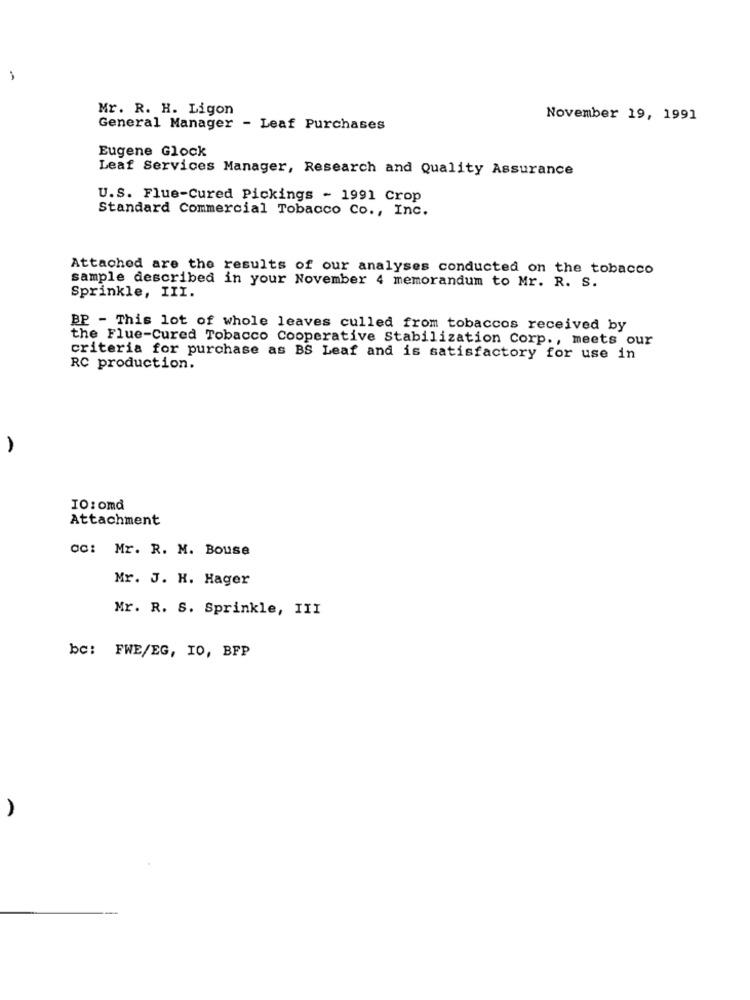
Mr. R. H. Ligon
November 19, 1991
General Manager - Leaf Purchases
Eugene Glock
Leaf Services Manager, Research and Quality Assurance
U.S. Flue-Cured Pickings - 1991 Crop
Standard Commercial Tobacco Co ., Inc.
Attached are the results of our analyses conducted on the tobacco
sample described in your November 4 memorandum to Mr. R. S.
Sprinkle, III.
BP - This lot of whole leaves culled from tobaccos received by
the Flue-Cured Tobacco Cooperative Stabilization Corp ., meets our
criteria for purchase as BS Leaf and is satisfactory for use in
RC production.
IO: omd
Attachment
cc: Mr. R. M. Bouse
Mr. J. H. Hager
Mr. R. S. Sprinkle, III
bc: FWE/EG, IO, BFP
A